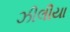
ઝીલીયા